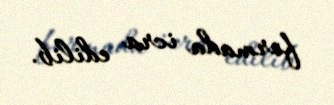
formada icra edilib.